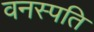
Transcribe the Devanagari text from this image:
वनस्‍पति